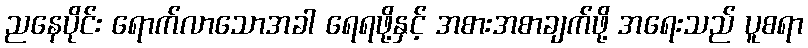
ညနေပိုင်း ရောက်လာသောအခါ ရေရဖို့နှင့် အစားအစာချက်ဖို့ အရေးသည် ပူစရာ